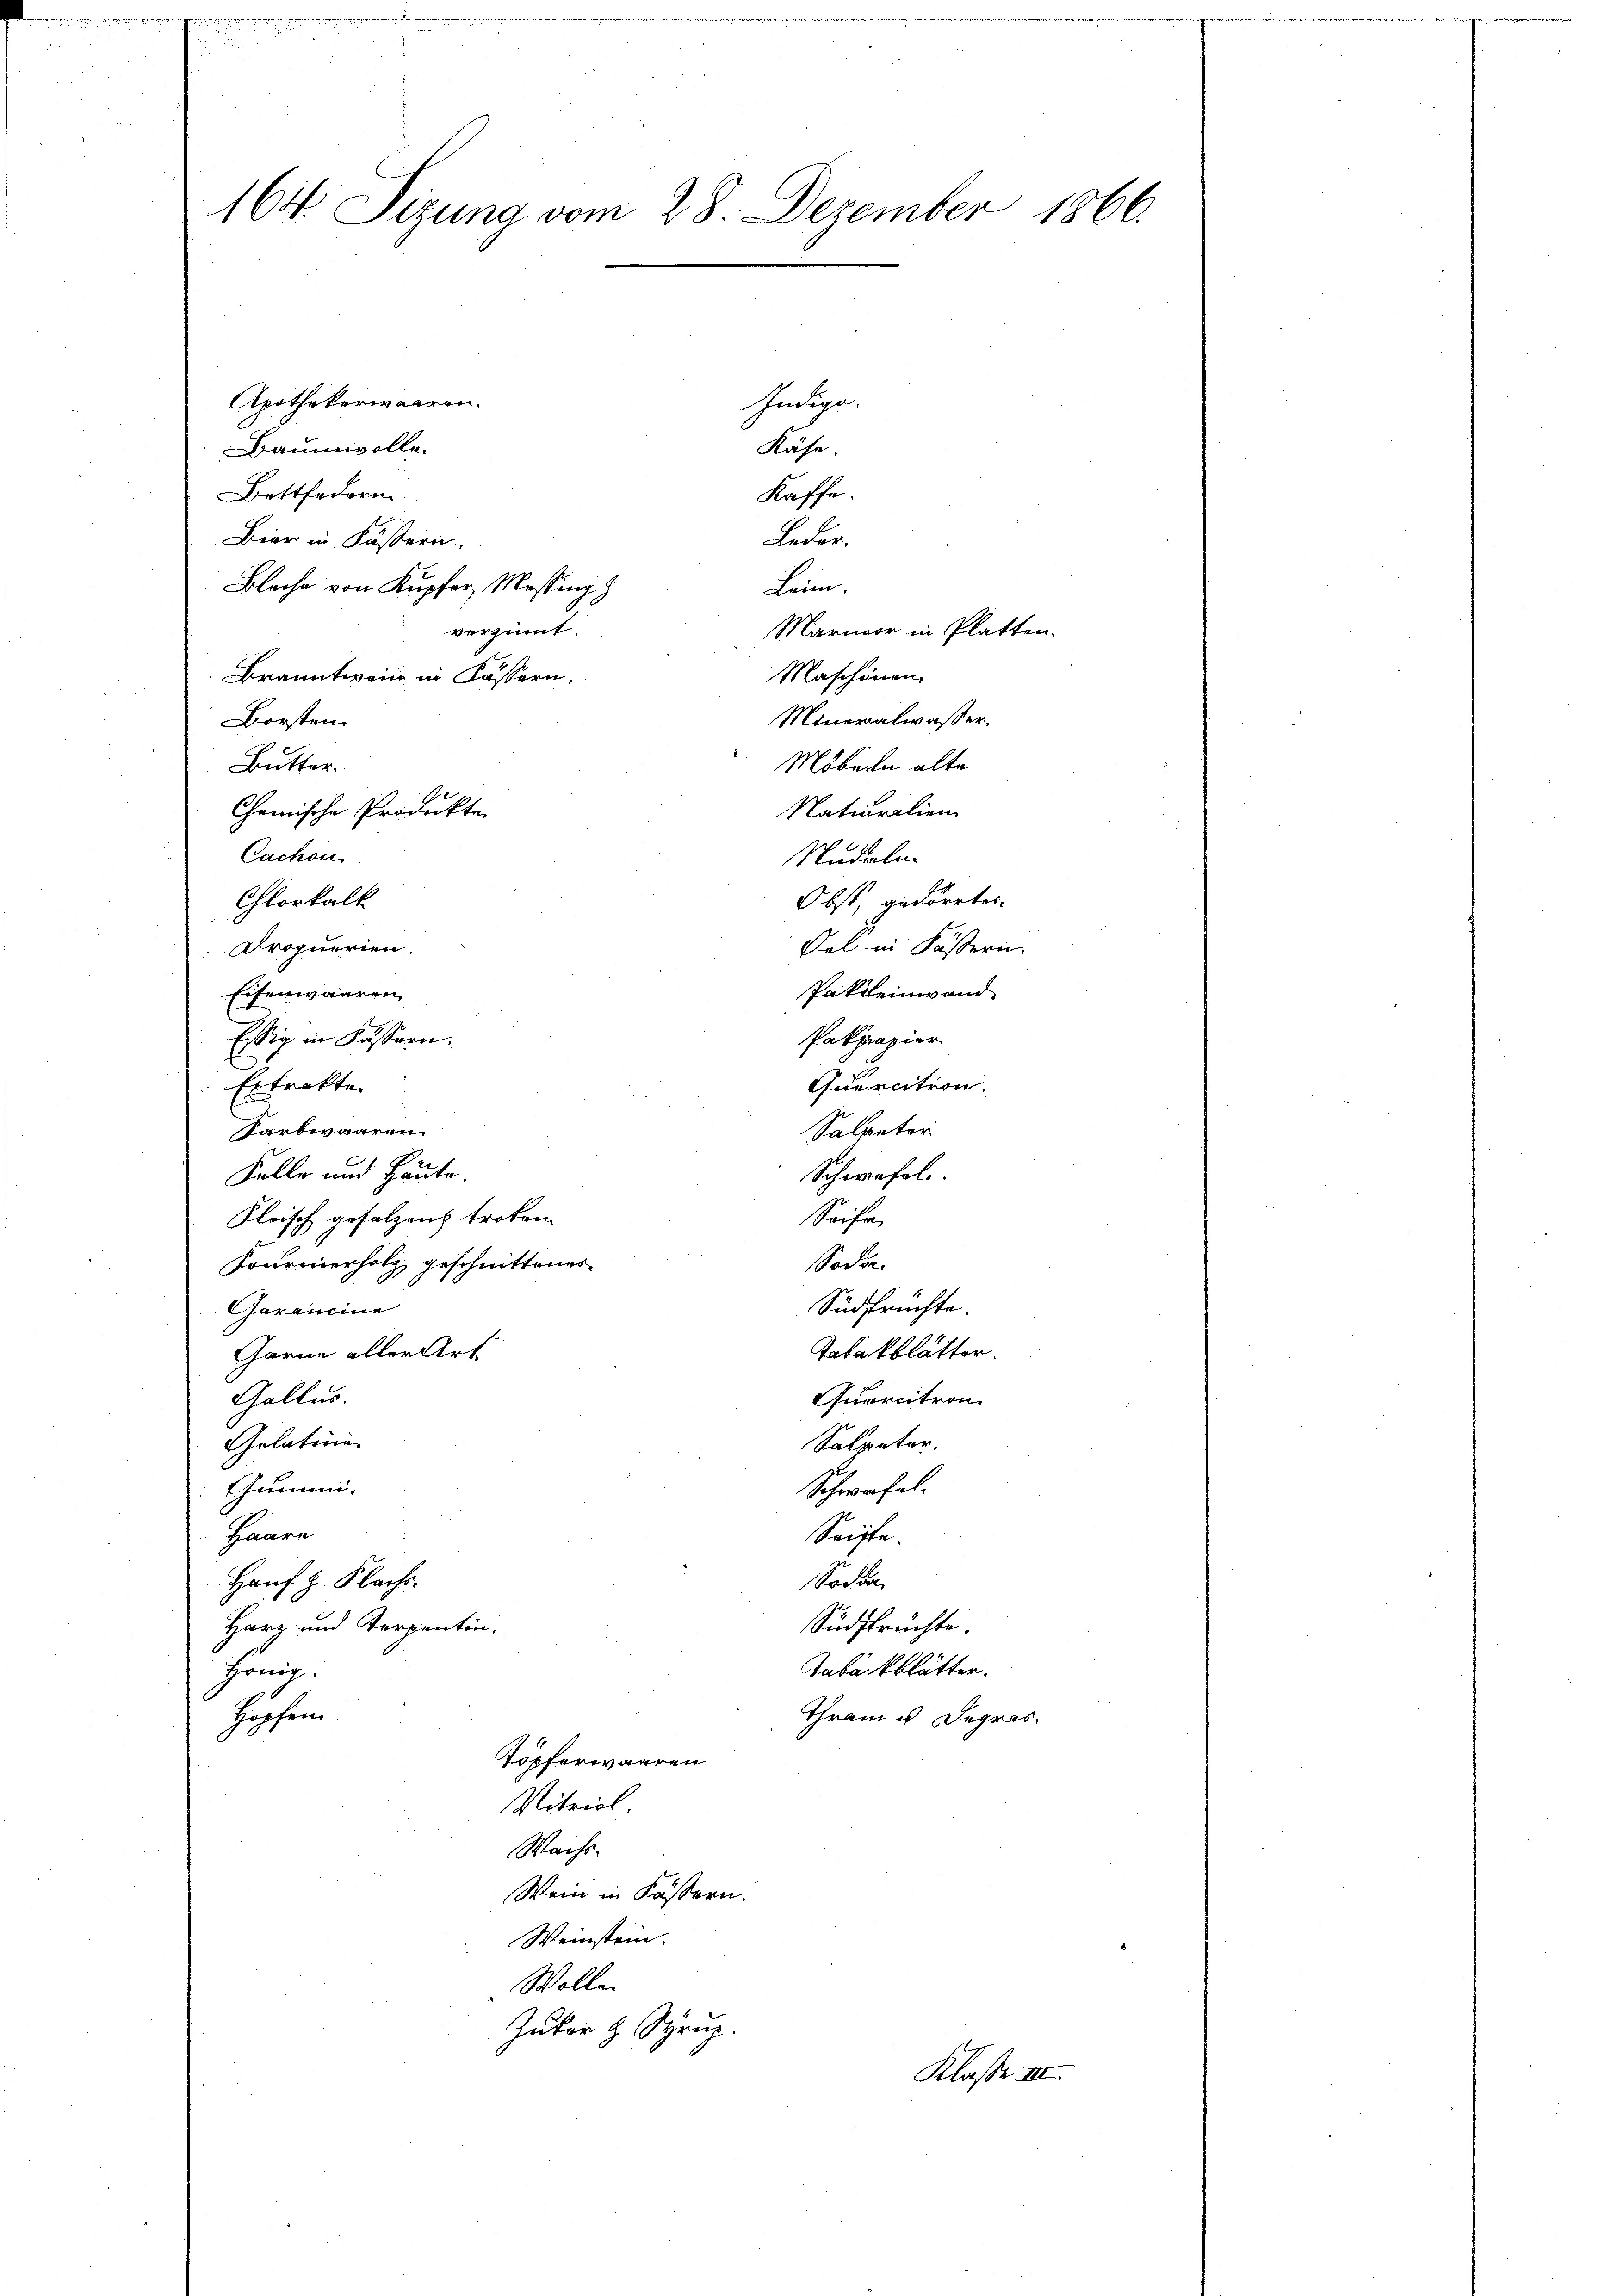
164 Sizung vom 28. Dezember 1866.

Apothekerwaaren.
Baumwolle.
Bettfedern
Leder.
Bier in Fässern.
Blache von Kupfer Messing
Leim.
verzinnt.
Marmor in Platten.
Maschinen
Branntwein in Kassern.
Mineralwasser.
Borsten
Möbern alte
Butter.
Cachon
Obst, gedörrtes
Chlorkalk
Oel in Fässern
Droquerien.
Eisenwaaren,
Essig in Kassern.
Ertrakte
Quercition
Sarbwaaren.
Schwefel
Felle und Heute.
Klrisch gesalzen treten.
Seife
Sodan
Fournierholz geschnittenes
Südfrüchte.
Garameine
Tabakblätter.
Garne aller Art
Gallus.
Quercitron
Gelatine
Salpeter.
Schwefel
thummi-
Haare
Seiffe
Socken
Hanf z. Flachs
Harz und Terpentin.
Südfrüchte.
Tabakblätter.
Hönig.
Hopfen
Thram u degras.
Töpferwaaren
Mitricl
Wachs
Wein in Kassern.
Weinstein.
Wolle.
Zuker H. Syrup.
Klasse III.

Chemische Produkte

Naturalien
Nudeln.
Pakpapier.
Salpeter

Innlege,
Kähe.
Kaffe.

Pakkleinwand